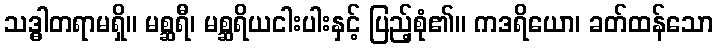
သဒ္ဓါတရာမရှိ။ မစ္ဆရီ၊ မစ္ဆရိယငါးပါးနှင့် ပြည့်စုံ၏။ ကဒရိယော၊ ခတ်ထန်သော